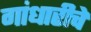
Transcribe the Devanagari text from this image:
गांधारीचे